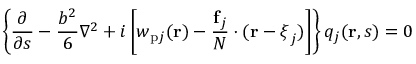
\left\{ \frac { \partial } { \partial s } - \frac { b ^ { 2 } } { 6 } \nabla ^ { 2 } + i \left[ w _ { \mathrm { p } j } ( \mathbf { r } ) - \frac { \mathbf { f } _ { j } } { N } \cdot ( \mathbf { r } - \boldsymbol { \xi } _ { j } ) \right] \right\} q _ { j } ( \mathbf { r } , s ) = 0